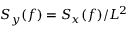
S _ { y } ( f ) = S _ { x } ( f ) / L ^ { 2 }